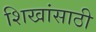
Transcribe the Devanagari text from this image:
शिखांसाठी